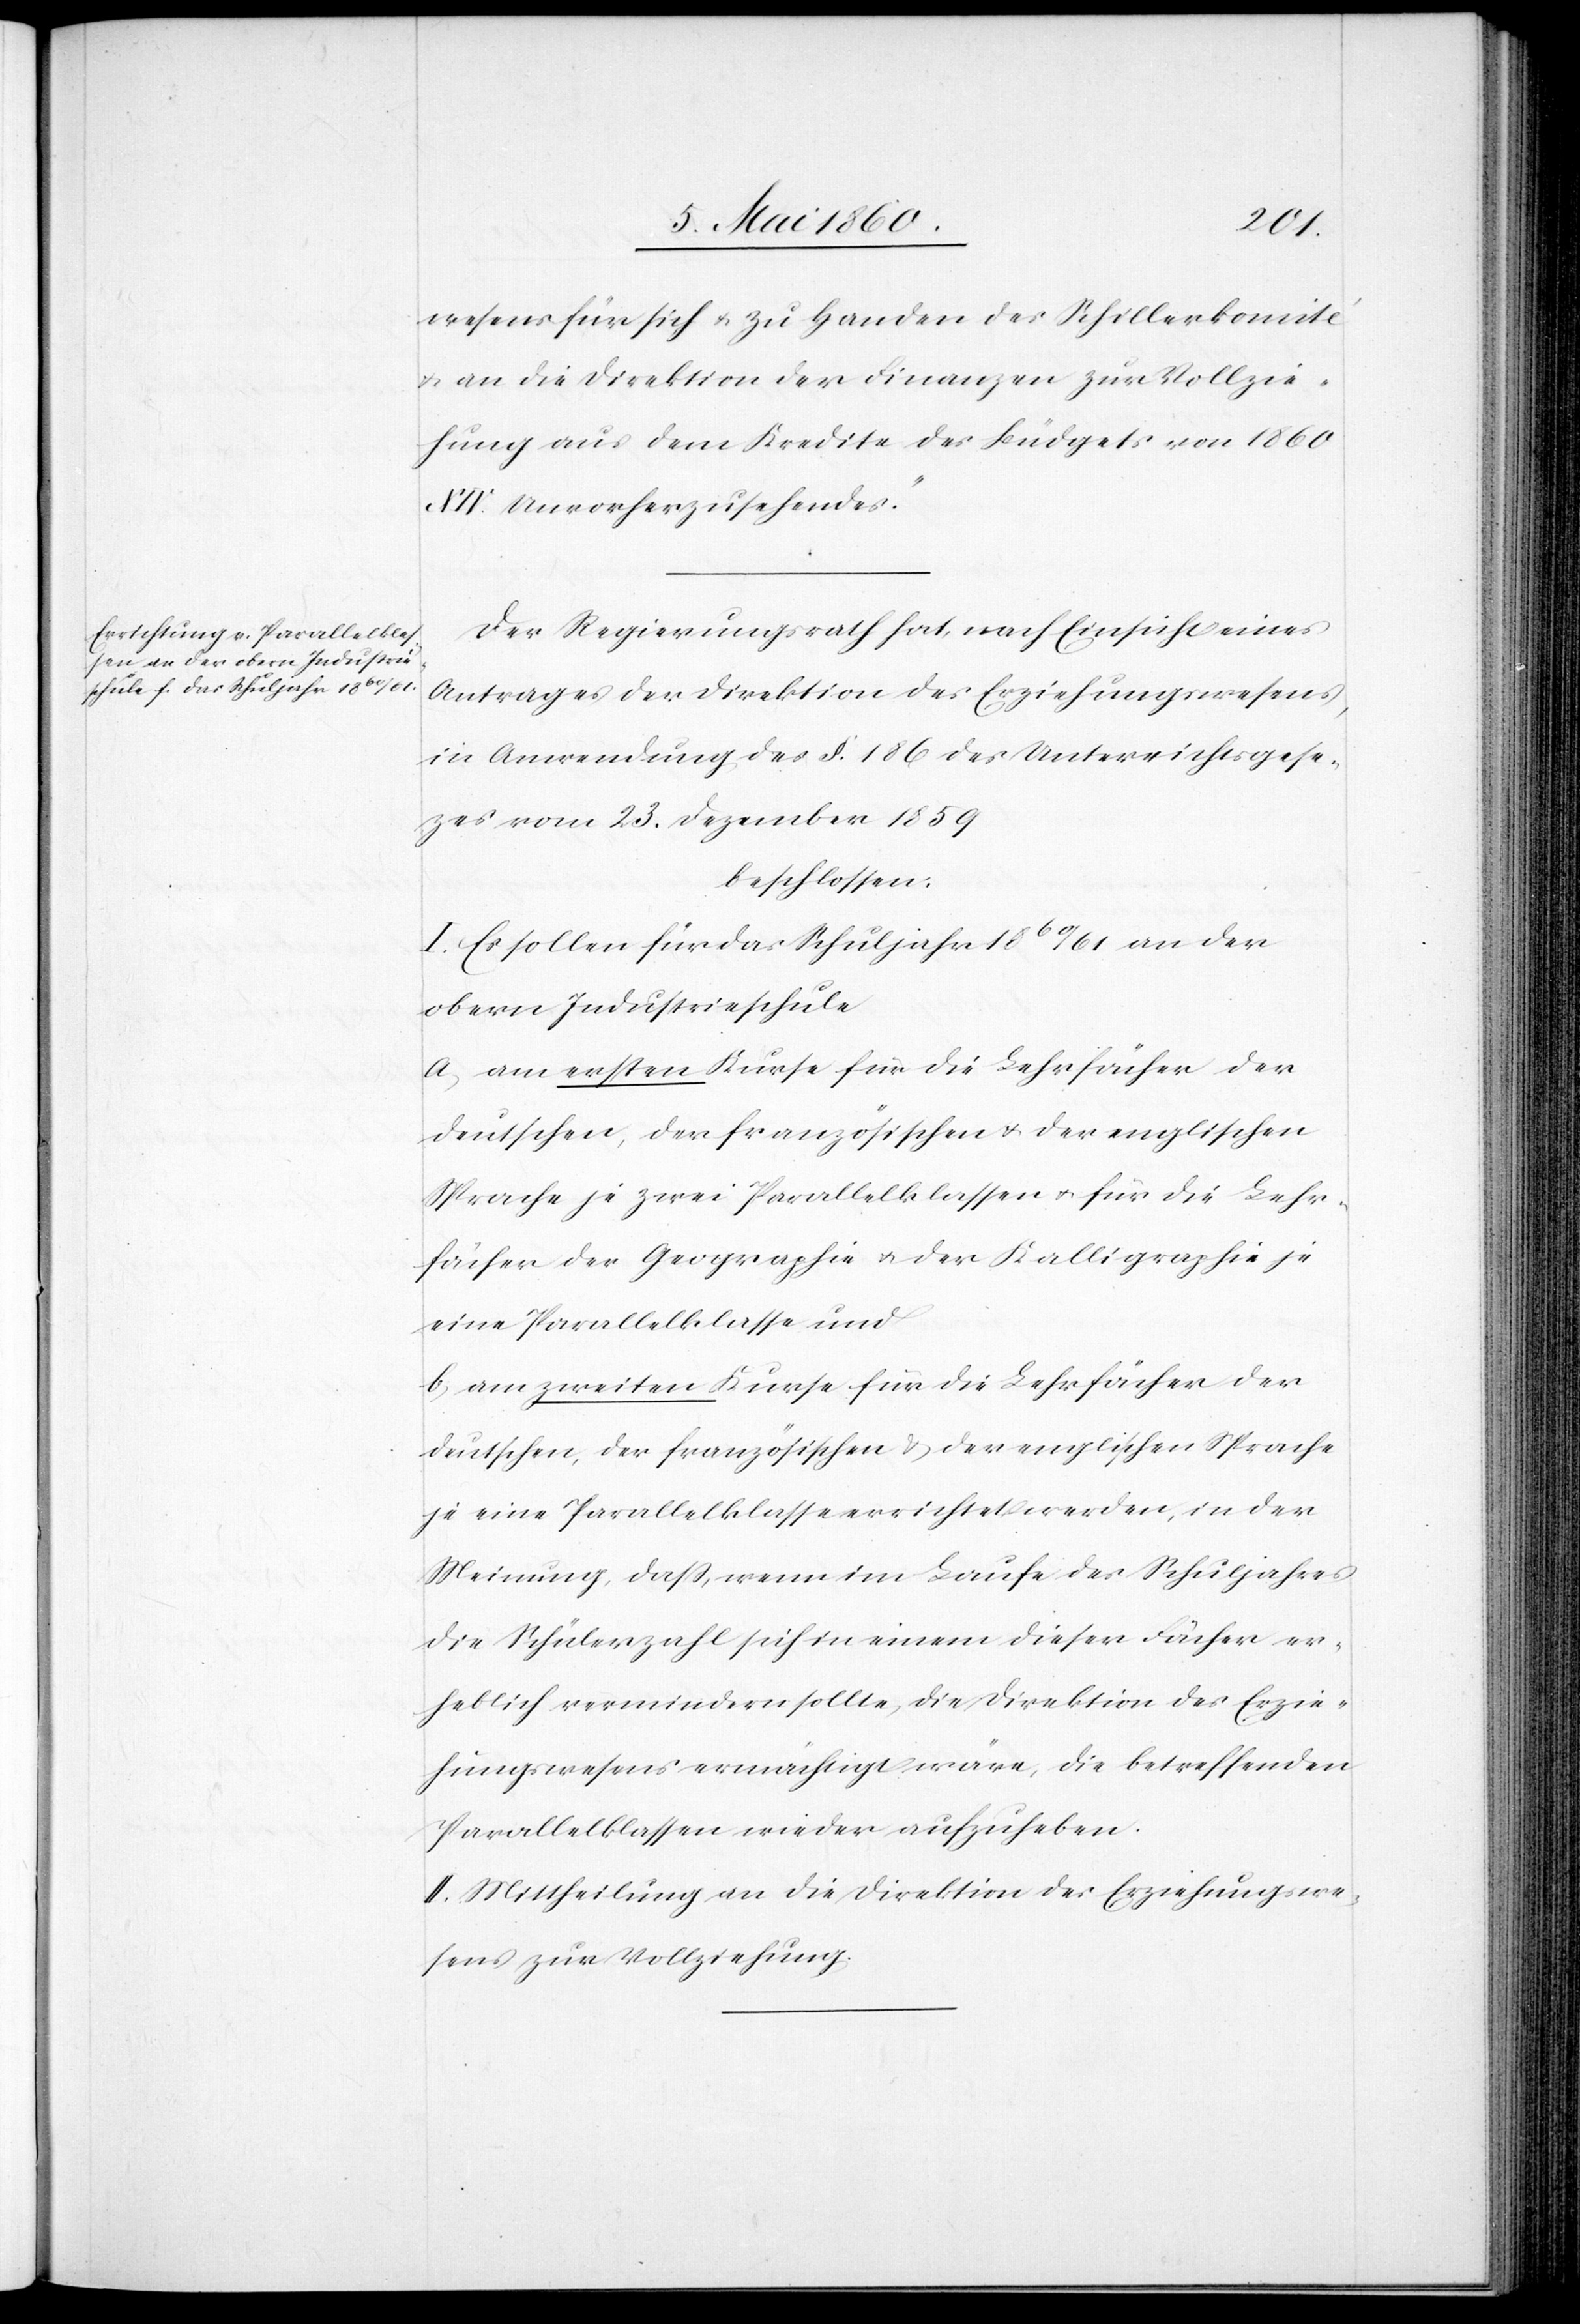
wesens für sich u. zu Handen des Schillerkomité
u. an die Direktion der Finanzen zur Vollzie¬
hung aus dem Kredite des Büdgets von 1860.
Unvorherzusehendes.“
Der Regierungsrath hat, nach Einsicht eines
Antrages der Direktion des Erziehungswesens,
in Anwendung des §. 168 des Unterrichtsges¬
e[t]zes vom 23. Dezember 1859
beschlossen:
I. Es sollen für das Schuljahr 1860/61 an der
obern Industrieschule
a) am ersten Kurse für die Lehrfächer der
deutschen, der französischen u. der englischen
Sprache je zwei Parallelklassen u. für die Lehr¬
fächer der Geographie u. der Kalligraphie je
eine Parallelklasse und
b) am zweiten Kurse für die Lehrfächer der
deutschen, der französischen u. der englischen Sprache
je eine Parallelklasse errichtet werden, in der
Meinung, dass, wenn im Laufe des Schuljahres
die Schülerzahl sich in einem dieser Fächer er¬
heblich vermindern sollte, die Direktion des Erzie¬
hungswesens ermächtigt wäre, die betreffenden
Parallelklassen wieder aufzuheben.
II. Mittheilung an die Direktion des Erziehungswe¬
sens zur Vollziehung.